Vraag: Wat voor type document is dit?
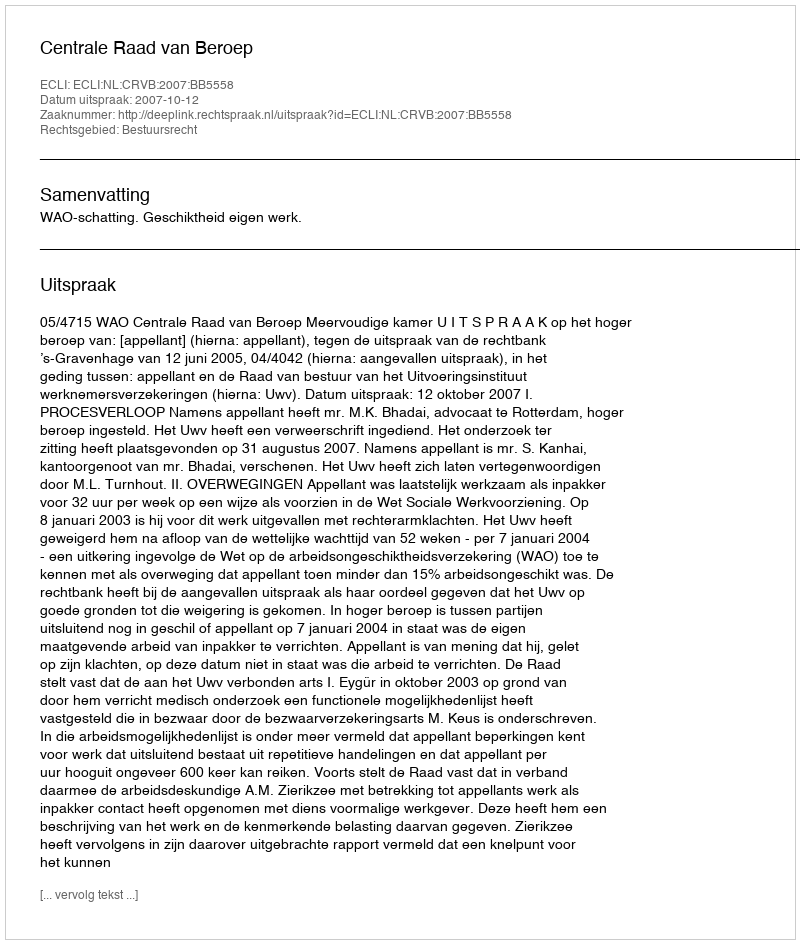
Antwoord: Uitspraak